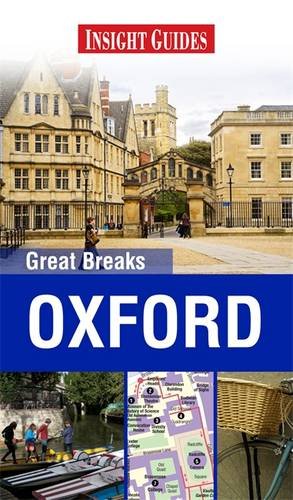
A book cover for Oxford (Great Breaks); Insight Guides; Travel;